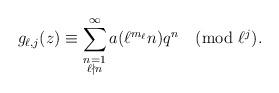
LaTeX: \begin{align*}g_{\ell,j}(z)\equiv\sum_{\substack{n=1\\{\ell\nmid n}}}^{\infty}a(\ell^{m_\ell}n)q^n\pmod{\ell^j}.\end{align*}